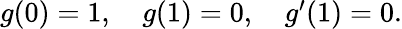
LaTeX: \begin{array}{r}{g(0)=1,\quad g(1)=0,\quad g^{\prime}(1)=0.}\end{array}